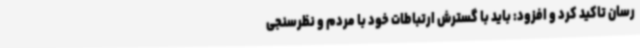
رسان تاکید کرد و افزود: باید با گسترش ارتباطات خود با مردم و نظرسنجی